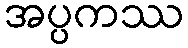
အပ္ပကဿ